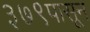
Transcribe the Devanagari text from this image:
३७९पासून